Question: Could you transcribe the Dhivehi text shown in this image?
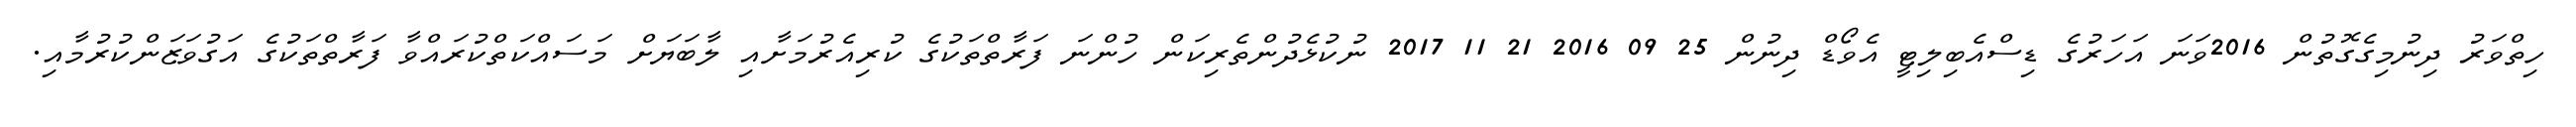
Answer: ހިތްވަރު ދިނުމިގެގޮތުން 2016ވަނަ އަހަރުގެ ޑިސްއެބިލިޓީ އެވޯޑް ދިނުން 25 09 2016 21 11 2017 ނުކުޅެދުންތެރިކަން ހުންނަ ފަރާތްތަކުގެ ކުރިއެރުމަށާއި ލާބަޔަށް މަސައްކަތްކުރައްވާ ފަރާތްތަކުގެ އަގުވަޒަންކުރުމާއި.